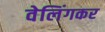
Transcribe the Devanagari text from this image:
वेलिंगकर